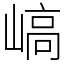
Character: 嵪